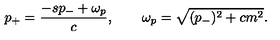
p _ { + } = { \frac { - s p _ { - } + \omega _ { p } } { c } } , \qquad \omega _ { p } = \sqrt { ( p _ { - } ) ^ { 2 } + c m ^ { 2 } } .